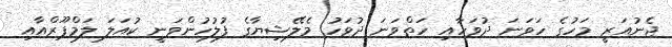
ޖެނުއަރީ މަހުގެ ހަވަނަ ދުވަހާއި ހަތްވަނަ ދުވަހު މެލޭޝިޔާގެ ފުލުހުންވަނީ ކުއަލަ ލަމްޕޫރްއާއި